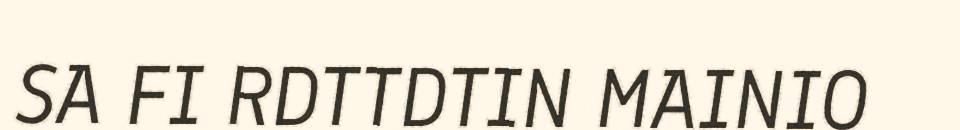
SA FI RDTTDTIN MAINIO